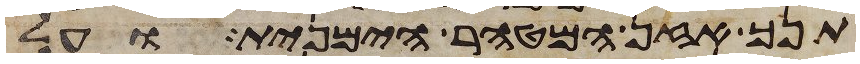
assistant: תנך אזן המטהר הימנית ועל